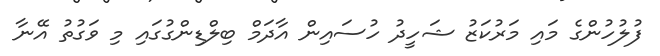
ފުލުހުންގެ މައި މަރުކަޒު ޝަހީދު ހުސައިން އާދަމް ބިލްޑިންގުގައި މި ވަގުތު އޭނާ